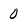
Character: 0